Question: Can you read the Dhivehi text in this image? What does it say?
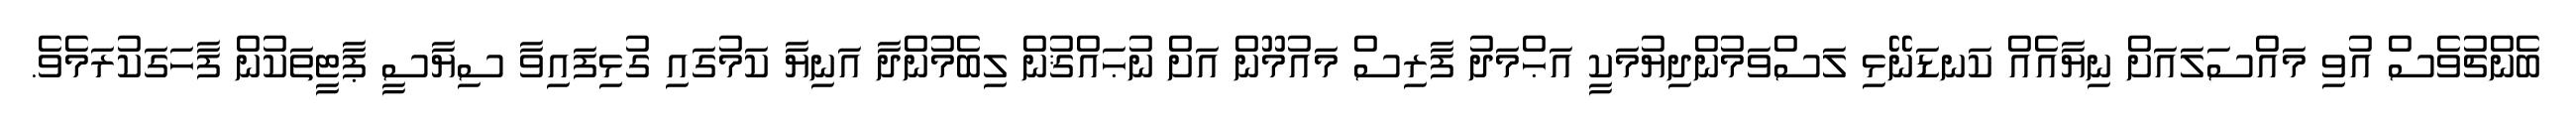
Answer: ބެންޗުވެސް އުވި މައްސަލައަށް ނިޔާއެއް ކަނޑަނޭޅި ލަސްވަމުންދިޔުމަކީ އަޙްމަދު ފާރިސް މައުމޫން އަށް ނުޙައްޤުން ލިބެމުންދާ އަނިޔާ ކަމުގައި ގުޅިފައިވާ ސިޔާސީ ޕާޓީތަކުން ފާހަގަކުރަމެވެ.